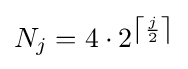
N_{j}=4\cdot 2^{\left\lceil {\frac {j}{2}}\right\rceil }